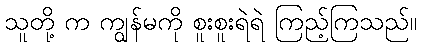
သူတို့ က ကျွန်မကို စူးစူးရဲရဲ ကြည့်ကြသည်။